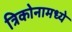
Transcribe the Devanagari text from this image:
त्रिकोनामध्ये